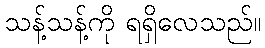
သန့်သန့်ကို ရရှိလေသည်။